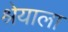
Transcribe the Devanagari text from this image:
श्रेयाला